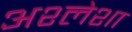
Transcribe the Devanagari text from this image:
अश्लेशा